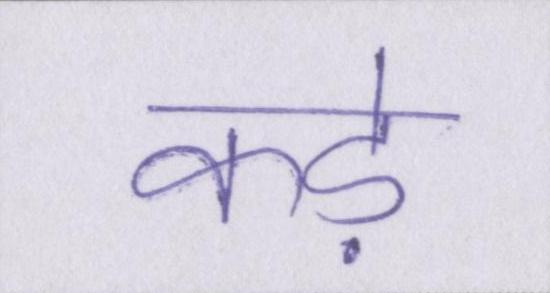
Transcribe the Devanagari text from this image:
कड़े